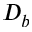
D _ { b }